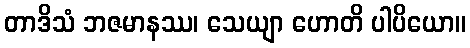
တာဒိသံ ဘဇမာနဿ၊ သေယျာ ဟောတိ ပါပိယော။